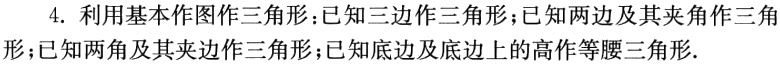
4. 利用基本作图作三角形：已知三边作三角形；已知两边及其夹角作三角形；已知两角及其夹边作三角形；已知底边及底边上的高作等腰三角形.